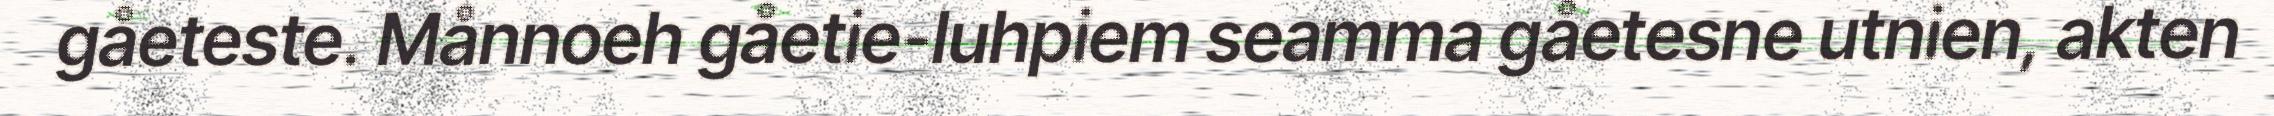
gåeteste. Månnoeh gåetie-luhpiem seamma gåetesne utnien, akten